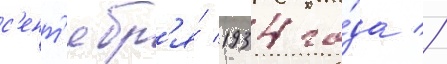
с'ент'ябр'я́ 1934 го́да //